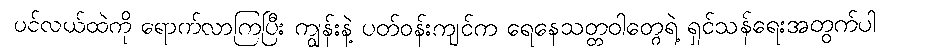
ပင်လယ်ထဲကို ရောက်လာကြပြီး ကျွန်းနဲ့ ပတ်ဝန်းကျင်က ရေနေသတ္တဝါတွေရဲ့ ရှင်သန်ရေးအတွက်ပါ